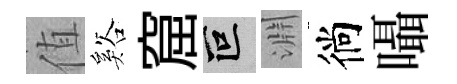
值谿窟叵淵徜囁